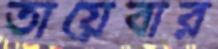
তায়েবার